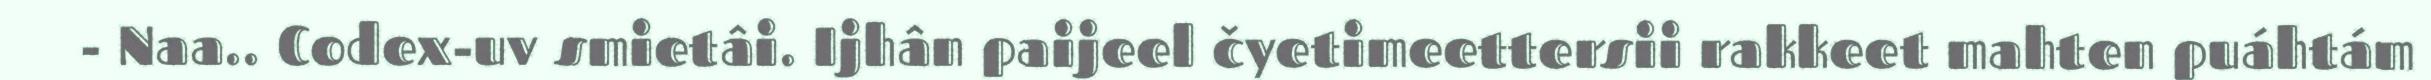
- Naa.. Codex-uv smietâi. Ijhân paijeel čyetimeettersii rakkeet mahten puáhtám